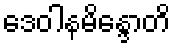
ဒေဝါနမိန္ဒောတိ